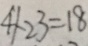
4 1 - 2 3 = 1 8